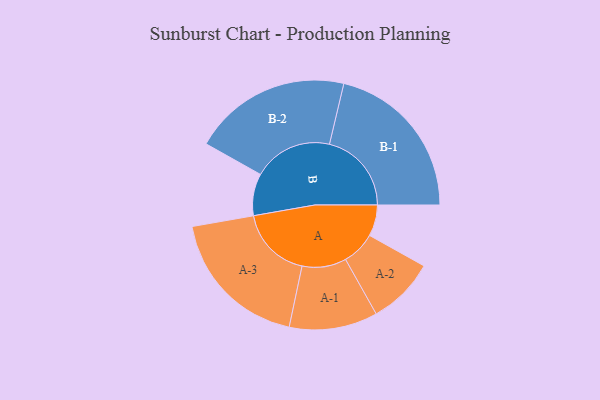
{"axis": {"x": "Segment", "y": "Value"}, "legend": ["", "A", "B"], "data": [{"x": "A", "y": 113, "type": ""}, {"x": "B", "y": 152, "type": ""}, {"x": "A-1", "y": 160, "type": "A"}, {"x": "A-2", "y": 122, "type": "A"}, {"x": "A-3", "y": 264, "type": "A"}, {"x": "B-1", "y": 297, "type": "B"}, {"x": "B-2", "y": 287, "type": "B"}]}